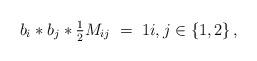
LaTeX: \begin{align*} b_i*b_j*{\textstyle\frac{1}{2} }M_{ij}\;=\;1i,j\in\{1,2\}\,,\end{align*}